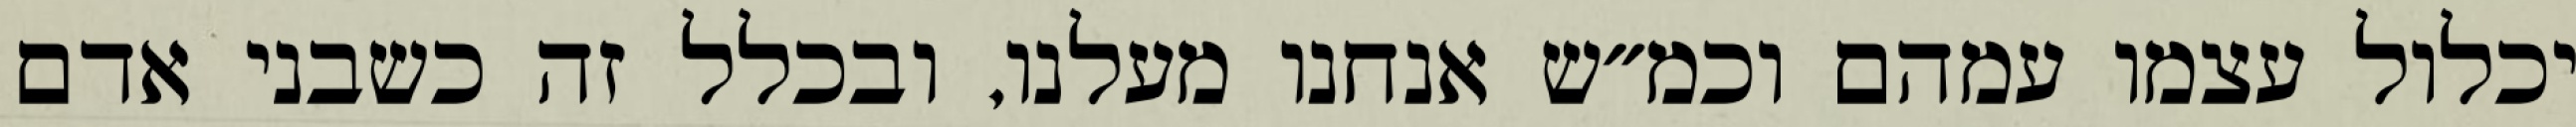
יכלול עצמו עמהם וכמ״ש אנחנו מעלנו, ובכלל זה כשבני אדם